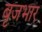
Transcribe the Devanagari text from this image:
बृजभार